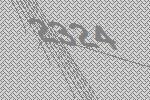
2324